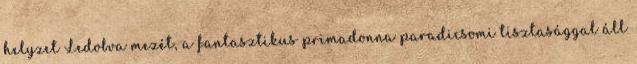
helyzet Ledobva mezét, a fantasztikus primadonna paradicsomi tisztasággal áll